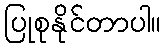
ပြုစုနိုင်တာပါ။